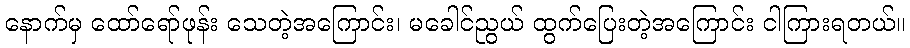
နောက်မှ ထော်ရော်ဖုန်း သေတဲ့အကြောင်း၊ မခေါင်ညွယ် ထွက်ပြေးတဲ့အကြောင်း ငါကြားရတယ်။